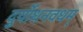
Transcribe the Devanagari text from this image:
दुर्योधनवधम्